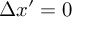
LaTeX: \Delta x ^ { \prime } = 0